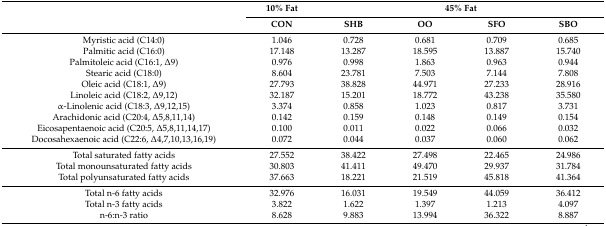
<table><thead><tr><td rowspan="2"></td><td><b>10% Fat</b></td><td colspan="4"><b>45% Fat</b></td></tr><tr><td><b>CON</b></td><td><b>SHB</b></td><td><b>OO</b></td><td><b>SFO</b></td><td><b>SBO</b></td></tr></thead><tbody><tr><td>Myristic acid (C14:0)</td><td>1.046</td><td>0.728</td><td>0.681</td><td>0.709</td><td>0.685</td></tr><tr><td>Palmitic acid (C16:0)</td><td>17.148</td><td>13.287</td><td>18.595</td><td>13.887</td><td>15.740</td></tr><tr><td>Palmitoleic acid (C16:1, ∆9)</td><td>0.976</td><td>0.998</td><td>1.863</td><td>0.963</td><td>0.944</td></tr><tr><td>Stearic acid (C18:0)</td><td>8.604</td><td>23.781</td><td>7.503</td><td>7.144</td><td>7.808</td></tr><tr><td>Oleic acid (C18:1, ∆9)</td><td>27.793</td><td>38.828</td><td>44.971</td><td>27.233</td><td>28.916</td></tr><tr><td>Linoleic acid (C18:2, ∆9,12)</td><td>32.187</td><td>15.201</td><td>18.772</td><td>43.238</td><td>35.580</td></tr><tr><td>α-Linolenic acid (C18:3, ∆9,12,15)</td><td>3.374</td><td>0.858</td><td>1.023</td><td>0.817</td><td>3.731</td></tr><tr><td>Arachidonic acid (C20:4, ∆5,8,11,14)</td><td>0.142</td><td>0.159</td><td>0.148</td><td>0.149</td><td>0.154</td></tr><tr><td>Eicosapentaenoic acid (C20:5, ∆5,8,11,14,17)</td><td>0.100</td><td>0.011</td><td>0.022</td><td>0.066</td><td>0.032</td></tr><tr><td>Docosahexaenoic acid (C22:6, ∆4,7,10,13,16,19)</td><td>0.072</td><td>0.044</td><td>0.037</td><td>0.060</td><td>0.062</td></tr><tr><td>Total saturated fatty acids</td><td>27.552</td><td>38.422</td><td>27.498</td><td>22.465</td><td>24.986</td></tr><tr><td>Total monounsaturated fatty acids</td><td>30.803</td><td>41.411</td><td>49.470</td><td>29.937</td><td>31.784</td></tr><tr><td>Total polyunsaturated fatty acids</td><td>37.663</td><td>18.221</td><td>21.519</td><td>45.818</td><td>41.364</td></tr><tr><td>Total n-6 fatty acids</td><td>32.976</td><td>16.031</td><td>19.549</td><td>44.059</td><td>36.412</td></tr><tr><td>Total n-3 fatty acids</td><td>3.822</td><td>1.622</td><td>1.397</td><td>1.213</td><td>4.097</td></tr><tr><td>n-6:n-3 ratio</td><td>8.628</td><td>9.883</td><td>13.994</td><td>36.322</td><td>8.887</td></tr></tbody></table>